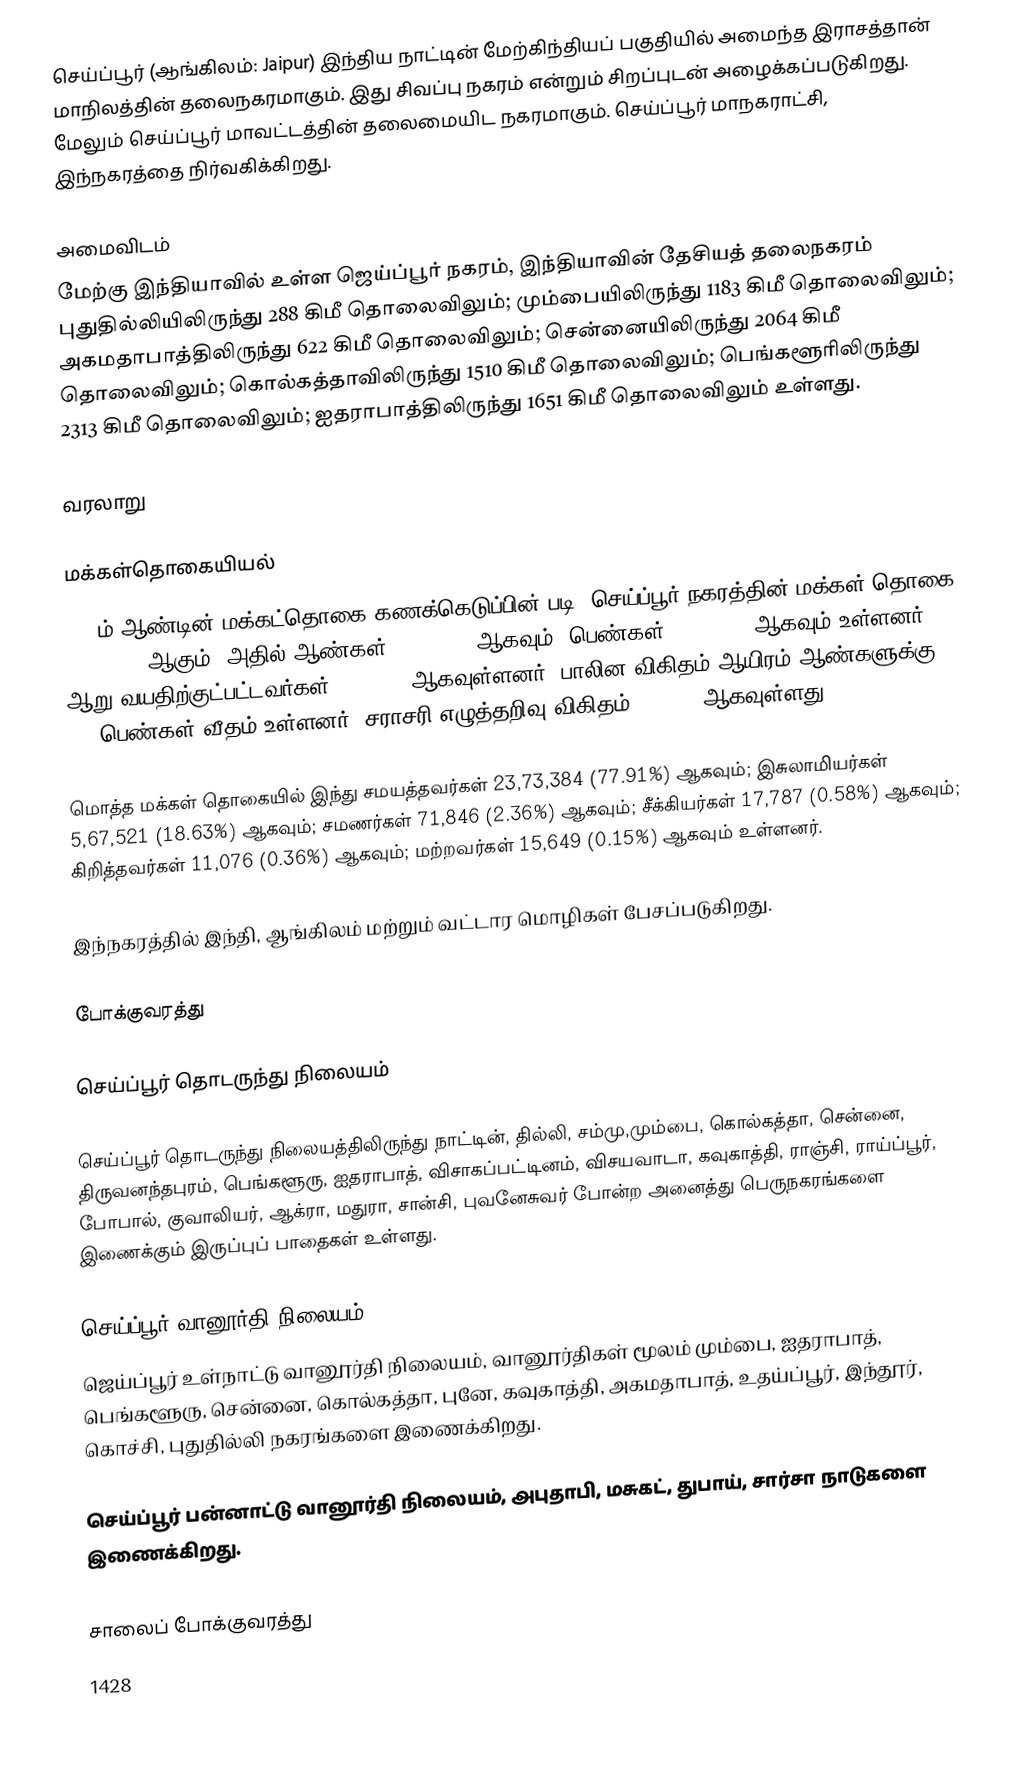
செய்ப்பூர் (ஆங்கிலம்: Jaipur)  இந்திய நாட்டின் மேற்கிந்தியப் பகுதியில் அமைந்த இராசத்தான் மாநிலத்தின் தலைநகரமாகும். இது சிவப்பு நகரம் என்றும் சிறப்புடன் அழைக்கப்படுகிறது. மேலும்  செய்ப்பூர் மாவட்டத்தின் தலைமையிட நகரமாகும். செய்ப்பூர் மாநகராட்சி, இந்நகரத்தை நிர்வகிக்கிறது.

அமைவிடம்
மேற்கு இந்தியாவில் உள்ள ஜெய்ப்பூர் நகரம், இந்தியாவின் தேசியத் தலைநகரம் புதுதில்லியிலிருந்து  288 கிமீ தொலைவிலும்; மும்பையிலிருந்து 1183 கிமீ தொலைவிலும்; அகமதாபாத்திலிருந்து 622 கிமீ தொலைவிலும்; சென்னையிலிருந்து 2064  கிமீ தொலைவிலும்; கொல்கத்தாவிலிருந்து 1510 கிமீ தொலைவிலும்; பெங்களூரிலிருந்து 2313 கிமீ தொலைவிலும்; ஐதராபாத்திலிருந்து 1651  கிமீ தொலைவிலும் உள்ளது.

வரலாறு

மக்கள்தொகையியல்
2011ம் ஆண்டின் மக்கட்தொகை கணக்கெடுப்பின் படி, செய்ப்பூர் நகரத்தின் மக்கள் தொகை 30,46,163 ஆகும். அதில் ஆண்கள் 16,03,125 ஆகவும்; பெண்கள் 14,43,038 ஆகவும் உள்ளனர். ஆறு வயதிற்குட்பட்டவர்கள் 3,87,354 ஆகவுள்ளனர். பாலின விகிதம் ஆயிரம் ஆண்களுக்கு  900 பெண்கள் வீதம் உள்ளனர். சராசரி எழுத்தறிவு விகிதம் 83.33 % ஆகவுள்ளது.

மொத்த மக்கள் தொகையில்  இந்து சமயத்தவர்கள்  23,73,384 (77.91%) ஆகவும்; இசுலாமியர்கள் 5,67,521 (18.63%) ஆகவும்;  சமணர்கள் 71,846 (2.36%) ஆகவும்;  சீக்கியர்கள் 17,787 (0.58%) ஆகவும்; கிறித்தவர்கள் 11,076 (0.36%) ஆகவும்; மற்றவர்கள் 15,649 (0.15%) ஆகவும் உள்ளனர்.

இந்நகரத்தில் இந்தி, ஆங்கிலம் மற்றும் வட்டார மொழிகள் பேசப்படுகிறது.

போக்குவரத்து

செய்ப்பூர் தொடருந்து நிலையம்

செய்ப்பூர் தொடருந்து நிலையத்திலிருந்து நாட்டின், தில்லி, சம்மு,மும்பை, கொல்கத்தா, சென்னை, திருவனந்தபுரம், பெங்களூரு, ஐதராபாத், விசாகப்பட்டினம், விசயவாடா, கவுகாத்தி, ராஞ்சி, ராய்ப்பூர், போபால், குவாலியர், ஆக்ரா, மதுரா, சான்சி, புவனேசுவர் போன்ற அனைத்து பெருநகரங்களை இணைக்கும் இருப்புப் பாதைகள் உள்ளது.

செய்ப்பூர் வானூர்தி நிலையம்
ஜெய்ப்பூர் உள்நாட்டு வானூர்தி நிலையம், வானூர்திகள் மூலம் மும்பை, ஐதராபாத், பெங்களூரு, சென்னை, கொல்கத்தா, புனே, கவுகாத்தி, அகமதாபாத், உதய்ப்பூர், இந்தூர், கொச்சி, புதுதில்லி நகரங்களை இணைக்கிறது.

செய்ப்பூர் பன்னாட்டு வானூர்தி நிலையம், அபுதாபி, மசுகட், துபாய்,  சார்சா நாடுகளை இணைக்கிறது.

சாலைப் போக்குவரத்து
1428